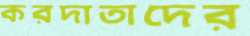
করদাতাদের